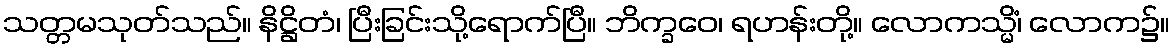
သတ္တမသုတ်သည်။ နိဋ္ဌိတံ၊ ပြီးခြင်းသို့ရောက်ပြီ။ ဘိက္ခဝေ၊ ရဟန်းတို့။ လောကသ္မိံ၊ လောက၌။